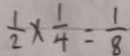
\frac { 1 } { 2 } \times \frac { 1 } { 4 } = \frac { 1 } { 8 }